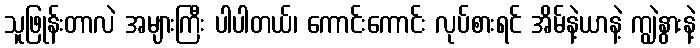
သူဖြုန်းတာလဲ အများကြီး ပါပါတယ်၊ ကောင်းကောင်း လုပ်စားရင် အိမ်နဲ့ယာနဲ့ ကျွဲနွားနဲ့